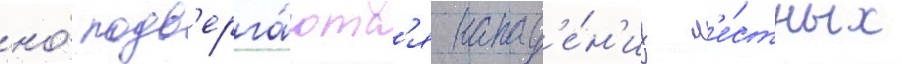
но́ подв'ерга́ютс'я напад'е́н'иу м'е́стных